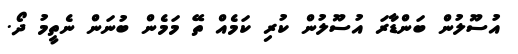
އުސޫލުން ބަންޑާރަ އުސޫލުން ކުރި ކަމެއް ތޭ މަމެން ބުނަން ނެތީމު ދޯ.